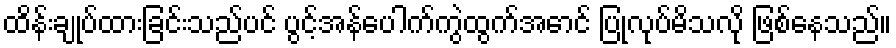
ထိန်းချုပ်ထားခြင်းသည်ပင် ပွင့်အန်ပေါက်ကွဲထွက်အောင် ပြုလုပ်မိသလို ဖြစ်နေသည်။